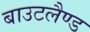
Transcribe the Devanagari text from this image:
बाउटलैण्ड